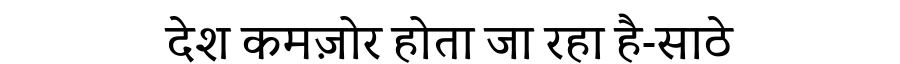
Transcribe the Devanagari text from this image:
देश कमज़ोर होता जा रहा है-साठे